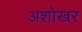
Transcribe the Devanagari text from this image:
अशोखर